画像に写った文字を読んでください
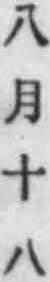
「八月十八」と書いてあります